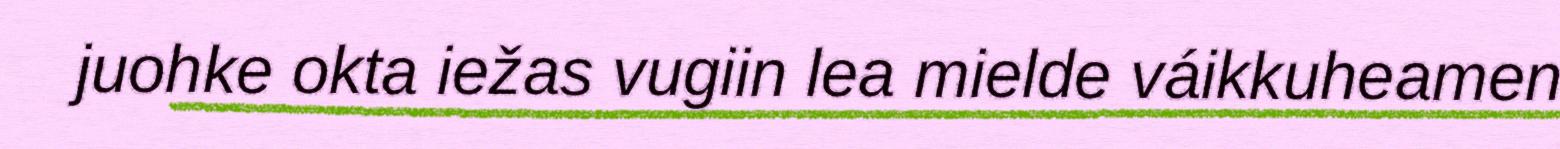
juohke okta iežas vugiin lea mielde váikkuheamen